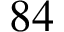
8 4